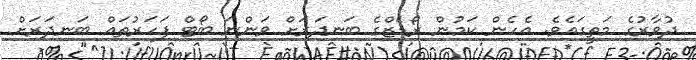
ދުވާރުގެ މަތީގައެވެ. އެހެން ކަމުން ރޯޑެޒްގެ ބަނދަރަށް ވަންނަ ބޯޓް ފަހަރުތައް ބަނދަރަށް